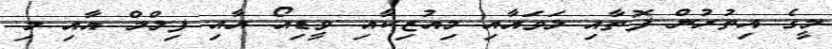
މީގެ އިތުރުން ފޮތާއި ލަވައާއި މިއުޒިކާއި ވީޑިއޯ އާއި ފިލްމް އާއި މި